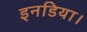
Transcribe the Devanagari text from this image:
इनडिया।